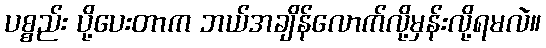
ပစ္စည်း ပို့ပေးတာက ဘယ်အချိန်လောက်လို့မှန်းလို့ရမလဲ။